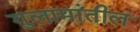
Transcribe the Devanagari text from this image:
गुलामांतील